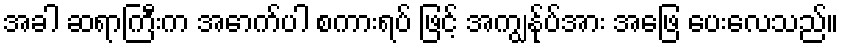
အခါ ဆရာကြီးက အောက်ပါ စကားရပ် ဖြင့် အကျွန်ုပ်အား အဖြေ ပေးလေသည်။